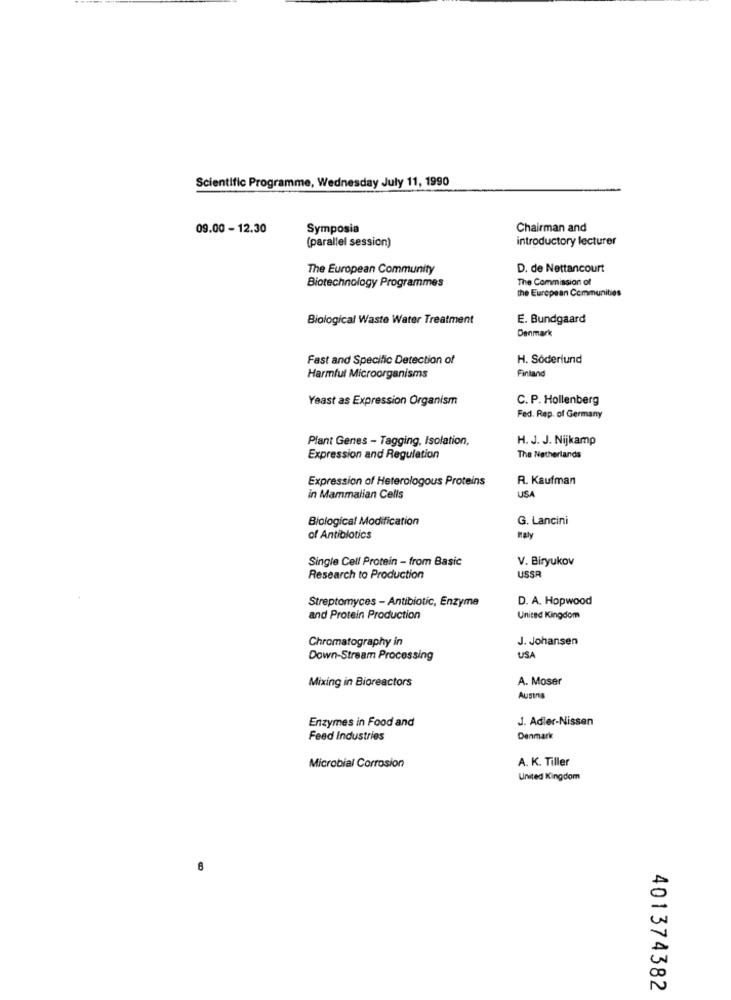
Scientific Programme, Wednesday July 11, 1990
09.00 - 12.30
Symposia
Chairman and
(parallel session)
introductory lecturer
The European Community
D. de Nettancourt
The Commission of
Biotechnology Programmes
the European Communities
Biological Waste Water Treatment
E. Bundgaard
Denmark
Fast and Specific Detection of
H. Söderlund
Finland
Harmful Microorganisms
Yeast as Expression Organism
C. P. Hollenberg
Fed. Rep. of Germany
Plant Genes - Tagging, Isolation,
H. J. J. Nijkamp
Expression and Regulation
The Netherlands
Expression of Heterologous Proteins
R. Kaufman
USA
in Mammalian Cells
Biological Modification
G. Lancini
of Antibiotics
mały
Single Cell Protein - from Basic
V. Biryukov
Research to Production
USSR
Streptomyces - Antibiotic, Enzyme
D. A. Hopwood
and Protein Production
United Kingdom
Chromatography in
J. Johansen
Down-Stream Processing
USA
Mixing in Bioreactors
A. Moser
AUSIrIS
Enzymes in Food and
J. Adler-Nissen
Feed Industries
Denmark
A. K. Tiller
Microbial Corrosion
United Kingdom
401374382